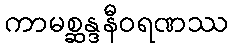
ကာမစ္ဆန္ဒနီဝရဏဿ